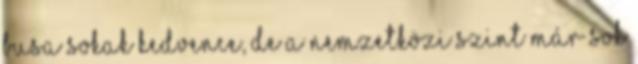
Busa sokak kedvence, de a nemzetközi szint már sok